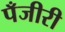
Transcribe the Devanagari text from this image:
पँजीरी